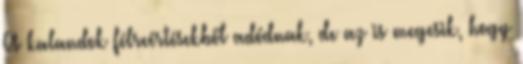
A kalandok félreértésekből adódnak, de az is megesik, hogy